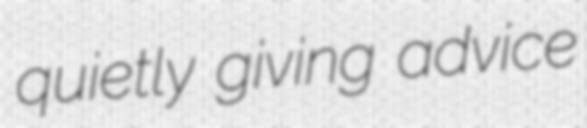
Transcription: quietly giving advice